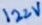
Text: 122V